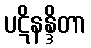
ပဋိနန္ဒိတာ